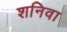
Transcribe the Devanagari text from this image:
शनिवा